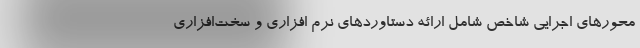
محورهای اجرایی شاخص شامل ارائه دستاوردهای نرم افزاری و سخت‌افزاری